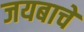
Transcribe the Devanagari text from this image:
जयबाचे